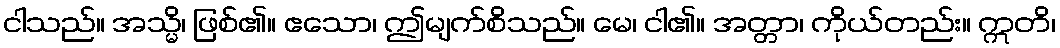
ငါသည်။ အသ္မိ၊ ဖြစ်၏။ ဧသော၊ ဤမျက်စိသည်။ မေ၊ ငါ၏။ အတ္တာ၊ ကိုယ်တည်း။ ဣတိ၊